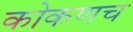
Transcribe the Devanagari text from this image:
कोकणच